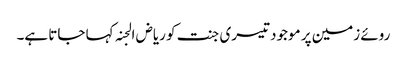
روئے زمین پر موجود تیسری جنت کو ریاض الجنہ کہا جاتا ہے۔